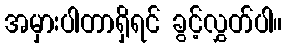
အမှားပါတာရှိရင် ခွင့်လွှတ်ပါ။